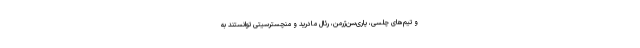
و تیم‌های چلسی، پاری‌سن‌ژرمن، رئال مادرید و منچسترسیتی توانستند به